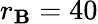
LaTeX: r_{\mathbf{B}}=40